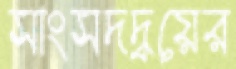
সাংসদদ্বয়ের